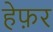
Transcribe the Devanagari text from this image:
हेफ़र